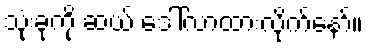
သုံးခုကို ဆယ် ဒေါ်လာထားလိုက်နော်။